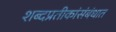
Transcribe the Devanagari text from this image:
शब्दप्रतीकांसंबंधात